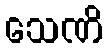
သေဏိ